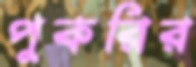
পুকরির